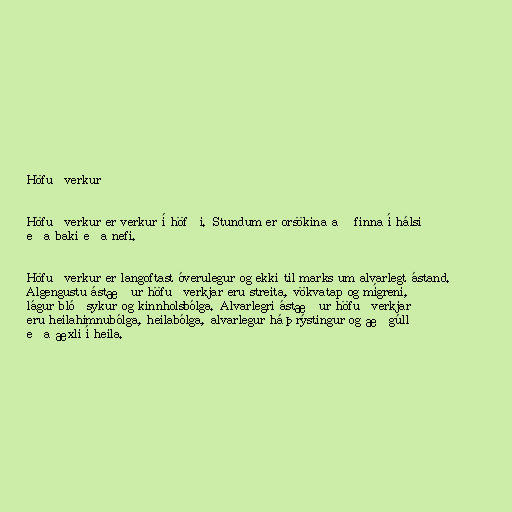
Höfuðverkur

Höfuðverkur er verkur í höfði. Stundum er orsökina að finna í hálsi
eða baki eða nefi.

Höfuðverkur er langoftast óverulegur og ekki til marks um alvarlegt ástand.
Algengustu ástæður höfuðverkjar eru streita, vökvatap og mígreni,
lágur blóðsykur og kinnholsbólga. Alvarlegri ástæður höfuðverkjar
eru heilahimnubólga, heilabólga, alvarlegur háþrýstingur og æðgúll
eða æxli í heila.